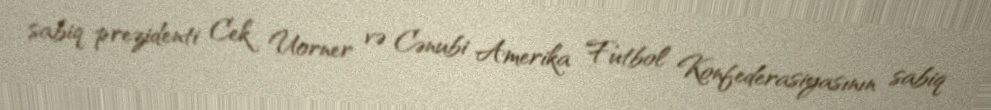
sabiq prezidenti Cek Uorner və Cənubi Amerika Futbol Konfederasiyasının sabiq